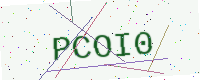
Text: PCOI0